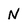
Character: N